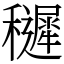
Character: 䆈